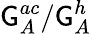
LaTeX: \mathsf{G}_{A}^{ac}/\mathsf{G}_{A}^{h}